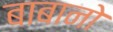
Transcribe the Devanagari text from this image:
बाबानो